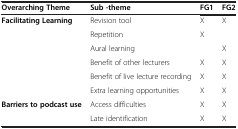
<table><thead><tr><td><b>Overarching Theme</b></td><td><b>Sub -theme</b></td><td><b>FG1</b></td><td><b>FG2</b></td></tr></thead><tbody><tr><td><b>Facilitating Learning</b></td><td>Revision tool</td><td>X</td><td>X</td></tr><tr><td> </td><td>Repetition</td><td>X</td><td> </td></tr><tr><td> </td><td>Aural learning</td><td> </td><td>X</td></tr><tr><td> </td><td>Benefit of other lecturers</td><td>X</td><td>X</td></tr><tr><td> </td><td>Benefit of live lecture recording</td><td>X</td><td>X</td></tr><tr><td> </td><td>Extra learning opportunities</td><td>X</td><td>X</td></tr><tr><td><b>Barriers to podcast use</b></td><td>Access difficulties</td><td>X</td><td>X</td></tr><tr><td> </td><td>Late identification</td><td>X</td><td>X</td></tr></tbody></table>